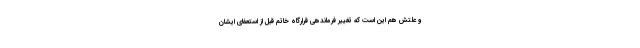
و علتش هم این است که تغییر فرماندهی قرارگاه خاتم‌ قبل از استعفای ایشان